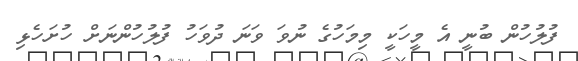
ފުލުހުން ބުނީ އެ މީހަކީ މިމަހުގެ ނުވަ ވަނަ ދުވަހު ފުލުހުންނަށް ހުށަހެޅި